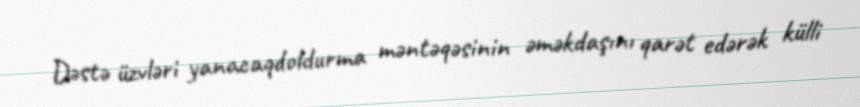
Dəstə üzvləri yanacaqdoldurma məntəqəsinin əməkdaşını qarət edərək külli